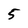
Character: 5